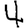
Digit: 4